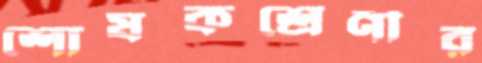
শোষকশ্রেণীর